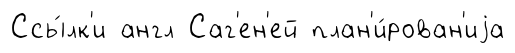
Ссы́лк'и англ Саг'ен'ей план'и́рован'иjа